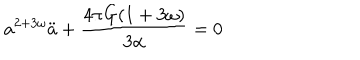
a ^ { 2 + 3 \omega } \ddot { a } + \frac { 4 \pi G ( 1 + 3 \omega ) } { 3 \alpha } = 0